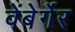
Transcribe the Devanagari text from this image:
वेंबेर्गेर